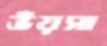
ভঁয়সা